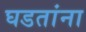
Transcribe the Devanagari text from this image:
घडतांना